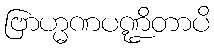
ဗြာဟ္မဏပဏ္ဍိတာပိ